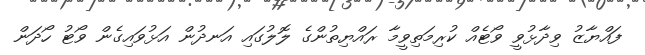
ފައްޔާޒު ވިދާޅުވީ ވޯޓެއް ކުރިމަތިވީމާ ރައްޔިތުންގެ ލޮލުގައި އަނދުން އަޅުވައިގެން ވޯޓު ހޯދަން